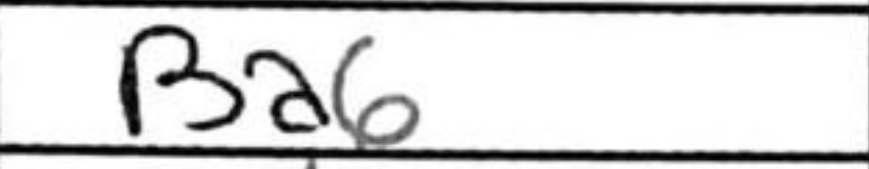
Transcription: Ba6